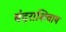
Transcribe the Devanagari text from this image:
बंदराशिवाय